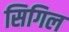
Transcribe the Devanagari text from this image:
सिगिल